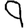
Digit: 9